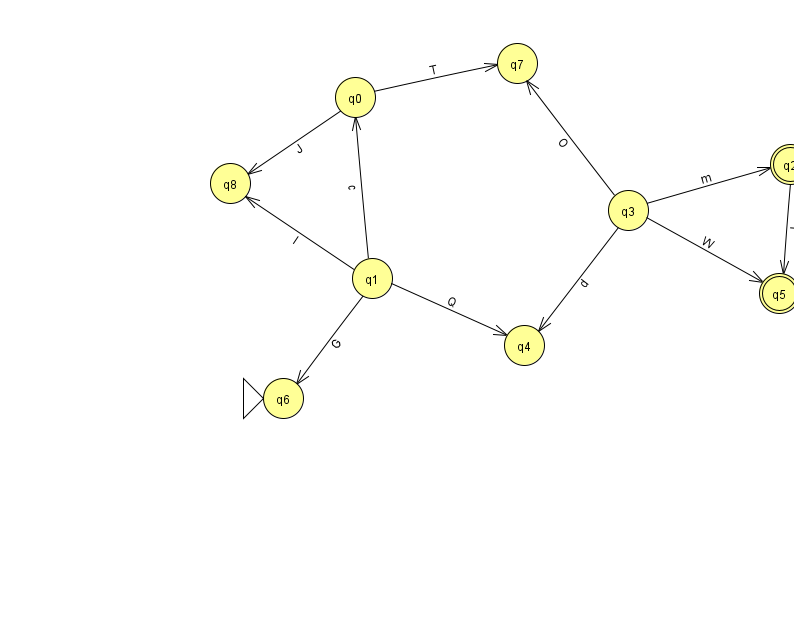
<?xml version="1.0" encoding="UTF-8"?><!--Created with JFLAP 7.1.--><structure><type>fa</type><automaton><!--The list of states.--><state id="0" name="q0"><x>355.0</x><y>84.0</y></state><state id="1" name="q1"><x>372.0</x><y>265.0</y></state><state id="2" name="q2"><x>790.0</x><y>151.0</y><final/></state><state id="3" name="q3"><x>628.0</x><y>197.0</y></state><state id="4" name="q4"><x>524.0</x><y>332.0</y></state><state id="5" name="q5"><x>779.0</x><y>280.0</y><final/></state><state id="6" name="q6"><x>283.0</x><y>385.0</y><initial/></state><state id="7" name="q7"><x>517.0</x><y>50.0</y></state><state id="8" name="q8"><x>230.0</x><y>170.0</y></state><!--The list of transitions.--><transition><from>1</from><to>6</to><read>G</read></transition><transition><from>1</from><to>4</to><read>Q</read></transition><transition><from>3</from><to>2</to><read>m</read></transition><transition><from>3</from><to>4</to><read>d</read></transition><transition><from>1</from><to>8</to><read>I</read></transition><transition><from>0</from><to>8</to><read>J</read></transition><transition><from>0</from><to>7</to><read>T</read></transition><transition><from>3</from><to>5</to><read>W</read></transition><transition><from>2</from><to>5</to><read>I</read></transition><transition><from>1</from><to>0</to><read>c</read></transition><transition><from>3</from><to>7</to><read>O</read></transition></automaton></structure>